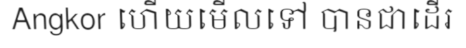
Angkor ហើយមើលទៅ បានជាដើរ